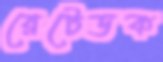
রেটেডক